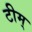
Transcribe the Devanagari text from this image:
टीम्